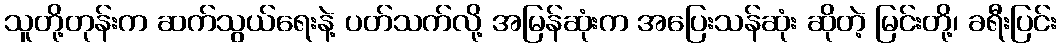
သူတို့တုန်းက ဆက်သွယ်ရေးနဲ့ ပတ်သက်လို့ အမြန်ဆုံးက အပြေးသန်ဆုံး ဆိုတဲ့ မြင်းတို့၊ ခရီးပြင်း